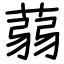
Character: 蒻